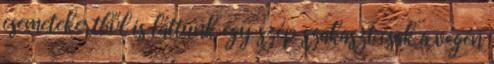
csemetekertből is láttunk egy szép szakaszt csak a végén